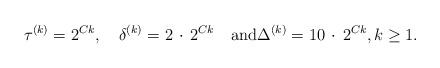
LaTeX: \begin{align*}\tau ^{(k)}=2^{Ck},\quad\delta ^{(k)}=2\,\cdot\,2^{Ck}\quad\textrm{and}\Delta ^{(k)}=10\, \cdot\,2^{Ck},k\ge 1.\end{align*}